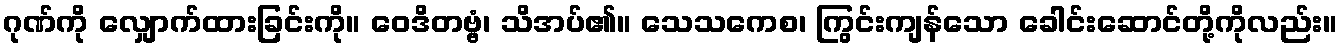
ဂုဏ်ကို လျှောက်ထားခြင်းကို။ ဝေဒိတဗ္ဗံ၊ သိအပ်၏။ သေသကေစ၊ ကြွင်းကျန်သော ခေါင်းဆောင်တို့ကိုလည်း။